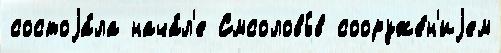
состоjа́ла нача́л'е Смсоловь́в сооруже́н'иjем